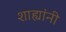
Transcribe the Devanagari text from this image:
शाह्यांनी